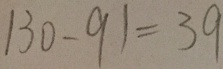
1 3 0 - 9 1 = 3 9